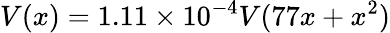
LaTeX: V(x)=1.11\times 10^{-4}V(77x+x^{2})